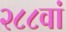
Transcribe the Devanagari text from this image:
२८८वां